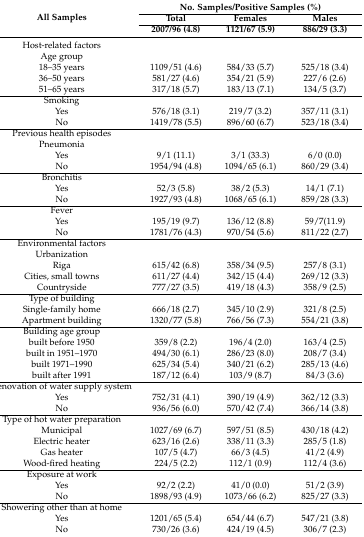
<table><thead><tr><td rowspan="3"><b>All Samples</b></td><td colspan="3"><b>No. Samples/Positive Samples (%)</b></td></tr><tr><td><b>Total</b></td><td><b>Females</b></td><td><b>Males</b></td></tr><tr><td><b>2007/96 (4.8)</b></td><td><b>1121/67 (5.9)</b></td><td><b>886/29 (3.3)</b></td></tr></thead><tbody><tr><td>Host-related factors</td><td></td><td></td><td></td></tr><tr><td>Age group</td><td></td><td></td><td></td></tr><tr><td>18–35 years</td><td>1109/51 (4.6)</td><td>584/33 (5.7)</td><td>525/18 (3.4)</td></tr><tr><td>36–50 years</td><td>581/27 (4.6)</td><td>354/21 (5.9)</td><td>227/6 (2.6)</td></tr><tr><td>51–65 years</td><td>317/18 (5.7)</td><td>183/13 (7.1)</td><td>134/5 (3.7)</td></tr><tr><td>Smoking</td><td></td><td></td><td></td></tr><tr><td>Yes</td><td>576/18 (3.1)</td><td>219/7 (3.2)</td><td>357/11 (3.1)</td></tr><tr><td>No</td><td>1419/78 (5.5)</td><td>896/60 (6.7)</td><td>523/18 (3.4)</td></tr><tr><td>Previous health episodes</td><td></td><td></td><td></td></tr><tr><td>Pneumonia</td><td></td><td></td><td></td></tr><tr><td>Yes</td><td>9/1 (11.1)</td><td>3/1 (33.3)</td><td>6/0 (0.0)</td></tr><tr><td>No</td><td>1954/94 (4.8)</td><td>1094/65 (6.1)</td><td>860/29 (3.4)</td></tr><tr><td>Bronchitis</td><td></td><td></td><td></td></tr><tr><td>Yes</td><td>52/3 (5.8)</td><td>38/2 (5.3)</td><td>14/1 (7.1)</td></tr><tr><td>No</td><td>1927/93 (4.8)</td><td>1068/65 (6.1)</td><td>859/28 (3.3)</td></tr><tr><td>Fever</td><td></td><td></td><td></td></tr><tr><td>Yes</td><td>195/19 (9.7)</td><td>136/12 (8.8)</td><td>59/7(11.9)</td></tr><tr><td>No</td><td>1781/76 (4.3)</td><td>970/54 (5.6)</td><td>811/22 (2.7)</td></tr><tr><td>Environmental factors</td><td></td><td></td><td></td></tr><tr><td>Urbanization</td><td></td><td></td><td></td></tr><tr><td>Riga</td><td>615/42 (6.8)</td><td>358/34 (9.5)</td><td>257/8 (3.1)</td></tr><tr><td>Cities, small towns</td><td>611/27 (4.4)</td><td>342/15 (4.4)</td><td>269/12 (3.3)</td></tr><tr><td>Countryside</td><td>777/27 (3.5)</td><td>419/18 (4.3)</td><td>358/9 (2.5)</td></tr><tr><td>Type of building</td><td></td><td></td><td></td></tr><tr><td>Single-family home</td><td>666/18 (2.7)</td><td>345/10 (2.9)</td><td>321/8 (2.5)</td></tr><tr><td>Apartment building</td><td>1320/77 (5.8)</td><td>766/56 (7.3)</td><td>554/21 (3.8)</td></tr><tr><td>Building age group</td><td></td><td></td><td></td></tr><tr><td>built before 1950</td><td>359/8 (2.2)</td><td>196/4 (2.0)</td><td>163/4 (2.5)</td></tr><tr><td>built in 1951–1970</td><td>494/30 (6.1)</td><td>286/23 (8.0)</td><td>208/7 (3.4)</td></tr><tr><td>built 1971–1990</td><td>625/34 (5.4)</td><td>340/21 (6.2)</td><td>285/13 (4.6)</td></tr><tr><td>built after 1991</td><td>187/12 (6.4)</td><td>103/9 (8.7)</td><td>84/3 (3.6)</td></tr><tr><td>Renovation of water supply system</td><td></td><td></td><td></td></tr><tr><td>Yes</td><td>752/31 (4.1)</td><td>390/19 (4.9)</td><td>362/12 (3.3)</td></tr><tr><td>No</td><td>936/56 (6.0)</td><td>570/42 (7.4)</td><td>366/14 (3.8)</td></tr><tr><td>Type of hot water preparation</td><td></td><td></td><td></td></tr><tr><td>Municipal</td><td>1027/69 (6.7)</td><td>597/51 (8.5)</td><td>430/18 (4.2)</td></tr><tr><td>Electric heater</td><td>623/16 (2.6)</td><td>338/11 (3.3)</td><td>285/5 (1.8)</td></tr><tr><td>Gas heater</td><td>107/5 (4.7)</td><td>66/3 (4.5)</td><td>41/2 (4.9)</td></tr><tr><td>Wood-fired heating</td><td>224/5 (2.2)</td><td>112/1 (0.9)</td><td>112/4 (3.6)</td></tr><tr><td>Exposure at work</td><td></td><td></td><td></td></tr><tr><td>Yes</td><td>92/2 (2.2)</td><td>41/0 (0.0)</td><td>51/2 (3.9)</td></tr><tr><td>No</td><td>1898/93 (4.9)</td><td>1073/66 (6.2)</td><td>825/27 (3.3)</td></tr><tr><td>Showering other than at home</td><td></td><td></td><td></td></tr><tr><td>Yes</td><td>1201/65 (5.4)</td><td>654/44 (6.7)</td><td>547/21 (3.8)</td></tr><tr><td>No</td><td>730/26 (3.6)</td><td>424/19 (4.5)</td><td>306/7 (2.3)</td></tr></tbody></table>